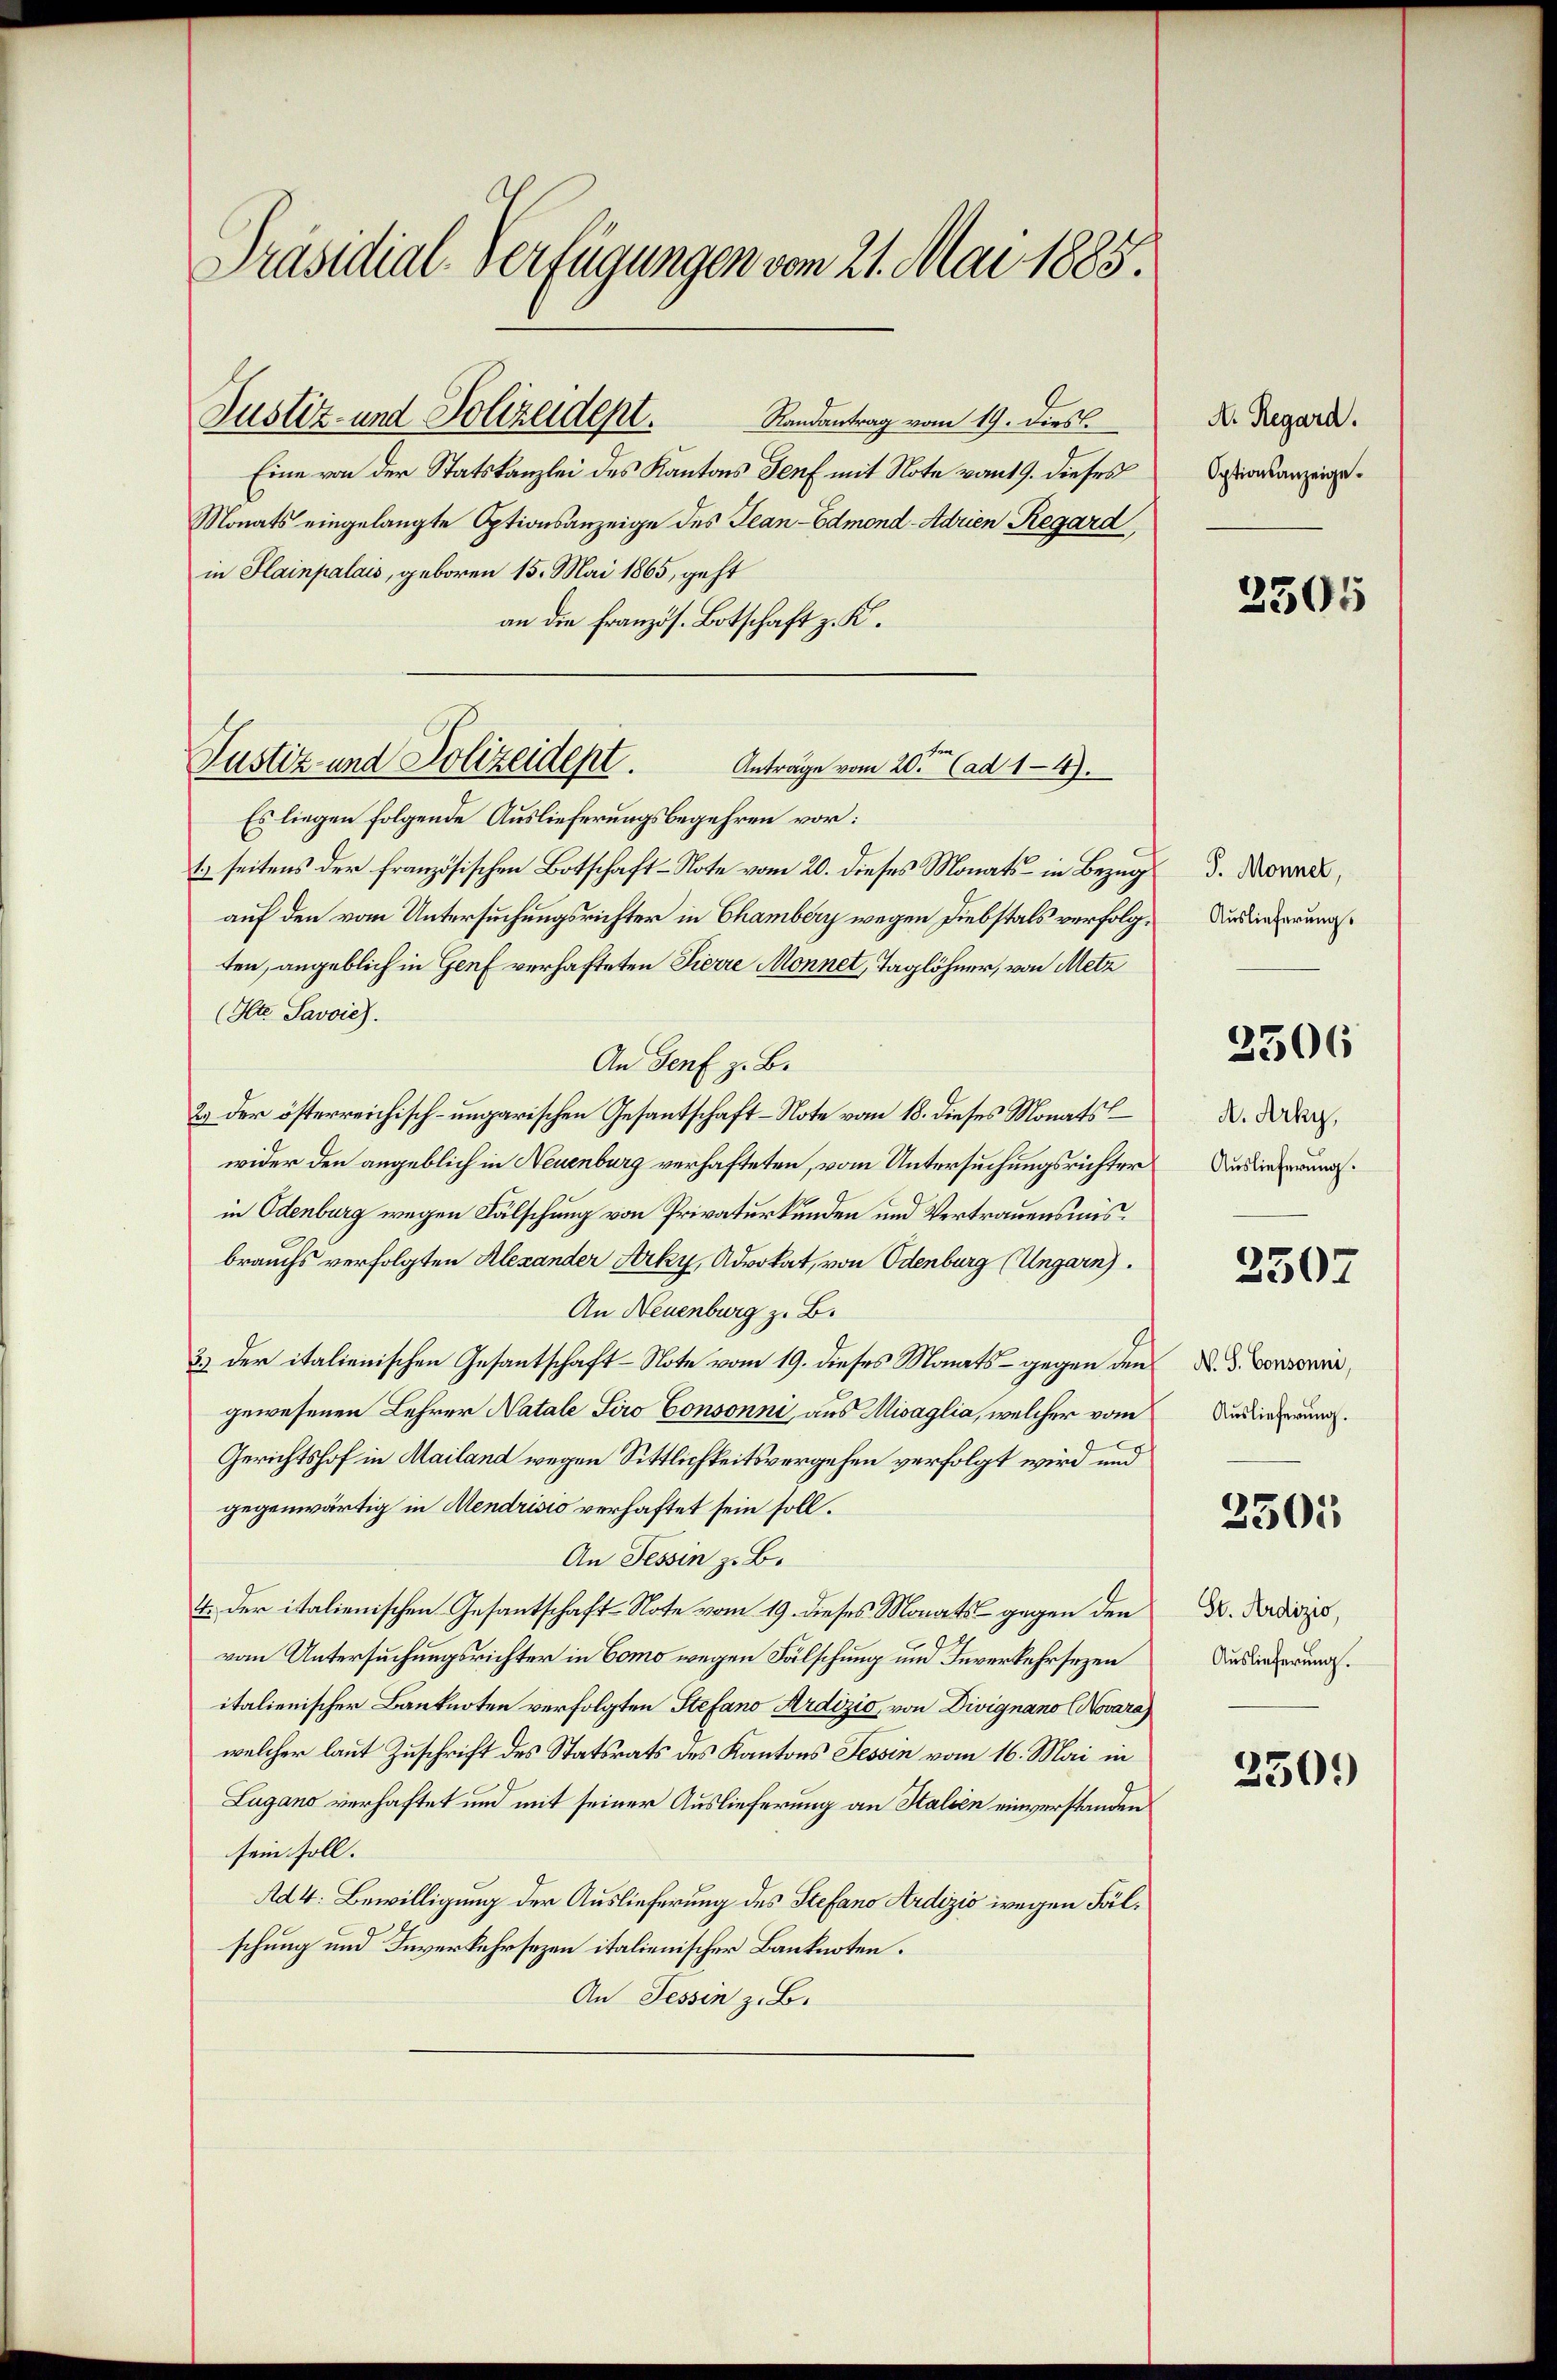
Präsidial-Verfügungen vom 21. Mai 1885.

Randantrag vom 19. Dies
Eine von der Statskanzlei des Kantons Genf mit Note vom 19. dieses
Monats eingelangte Optionsanzeige des Tean-Edmond-Adrien Regard,
in Hainpalais, geboren 15. Mai 1865, geht
an die französ. Botschaft z. K.

Justiz- und Polizeidept.

Es liegen folgende Auslieferungsbegehren vor:
1.) seitens der französischen Botschaft-Note vom 20. dieses Monats - in Bezug
auf den vom Untersuchungsrichter in Chamberg wegen Diebstals verfolgten, angeblich in Genf verhafteten Pierre Monnet, Taglöhner, von Metz
(Ite. Savoie).
An Genf z. B.
2.) Der österreichisch-ungarischen Gesantschaft-Note vom 18. dieses Monats
wider den angeblich in Neuenburg verhafteten, vom Untersuchungsrichter
in Odenburg wegen Fälschung von Privaturkunden und Vertrauensmisbrauchs verfolgten Alexander Arky, Advokat, von Odenburg (Ungarn).
An Neuenburg z. B.
3.) Der italienischen Gesantschaft-Note vom 19. dieses Monats - gegen den
gewesenen Lehrer Natale Siro Consonni, aus Misaglia, welcher vom
Gerichtshof in Mailand wegen Sittlichkeitsvergehen verfolgt wird und
gegenwärtig in Mendrisio verhaftet sein soll.
An Tessin z. B.
4. Der italienischen Gesantschaft-Note vom 19. dieses Morats gegen den
vom Untersuchungsrichter in Como wegen Fälschung und Inverkehrsezen
italienischer Banknoten verfolgten Stefano Ardizio, von Divignano (Novara)
welcher laut Zuschrift des Statsrats des Kantons Tessin vom 16. Mai in
Lugano verhaftet und mit seiner Auslieferung an Halsen einverstanden
sein soll.
Ad 4: Bewilligung der Auslieferung des Stefano Ardizić wegen Fälschung und Inverkehrsezen italienischer Banknoten.
An Tessin z. B.

Justiz und Polizeidept.
Antrage vom 20ten (ad 14.

A. Regard.
Optionsanzeige.

2305

J. Monnet,
Auslieferung.

2306

A.Arky,
Auslieferung.

3507

N. S. Consonni,
Auslieferung.

2305

St. Ardizio,
Auslieferung.

250.